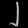
Digit: ၂